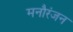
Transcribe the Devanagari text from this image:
मनौरंजन